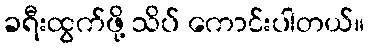
ခရီးထွက်ဖို့ သိပ် ကောင်းပါတယ်။